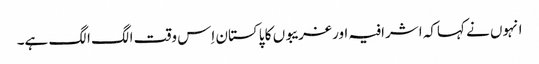
انہوں نے کہاکہ اشرافیہ اور غریبوں کا پاکستان اِس وقت الگ الگ ہے۔